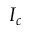
I _ { c }